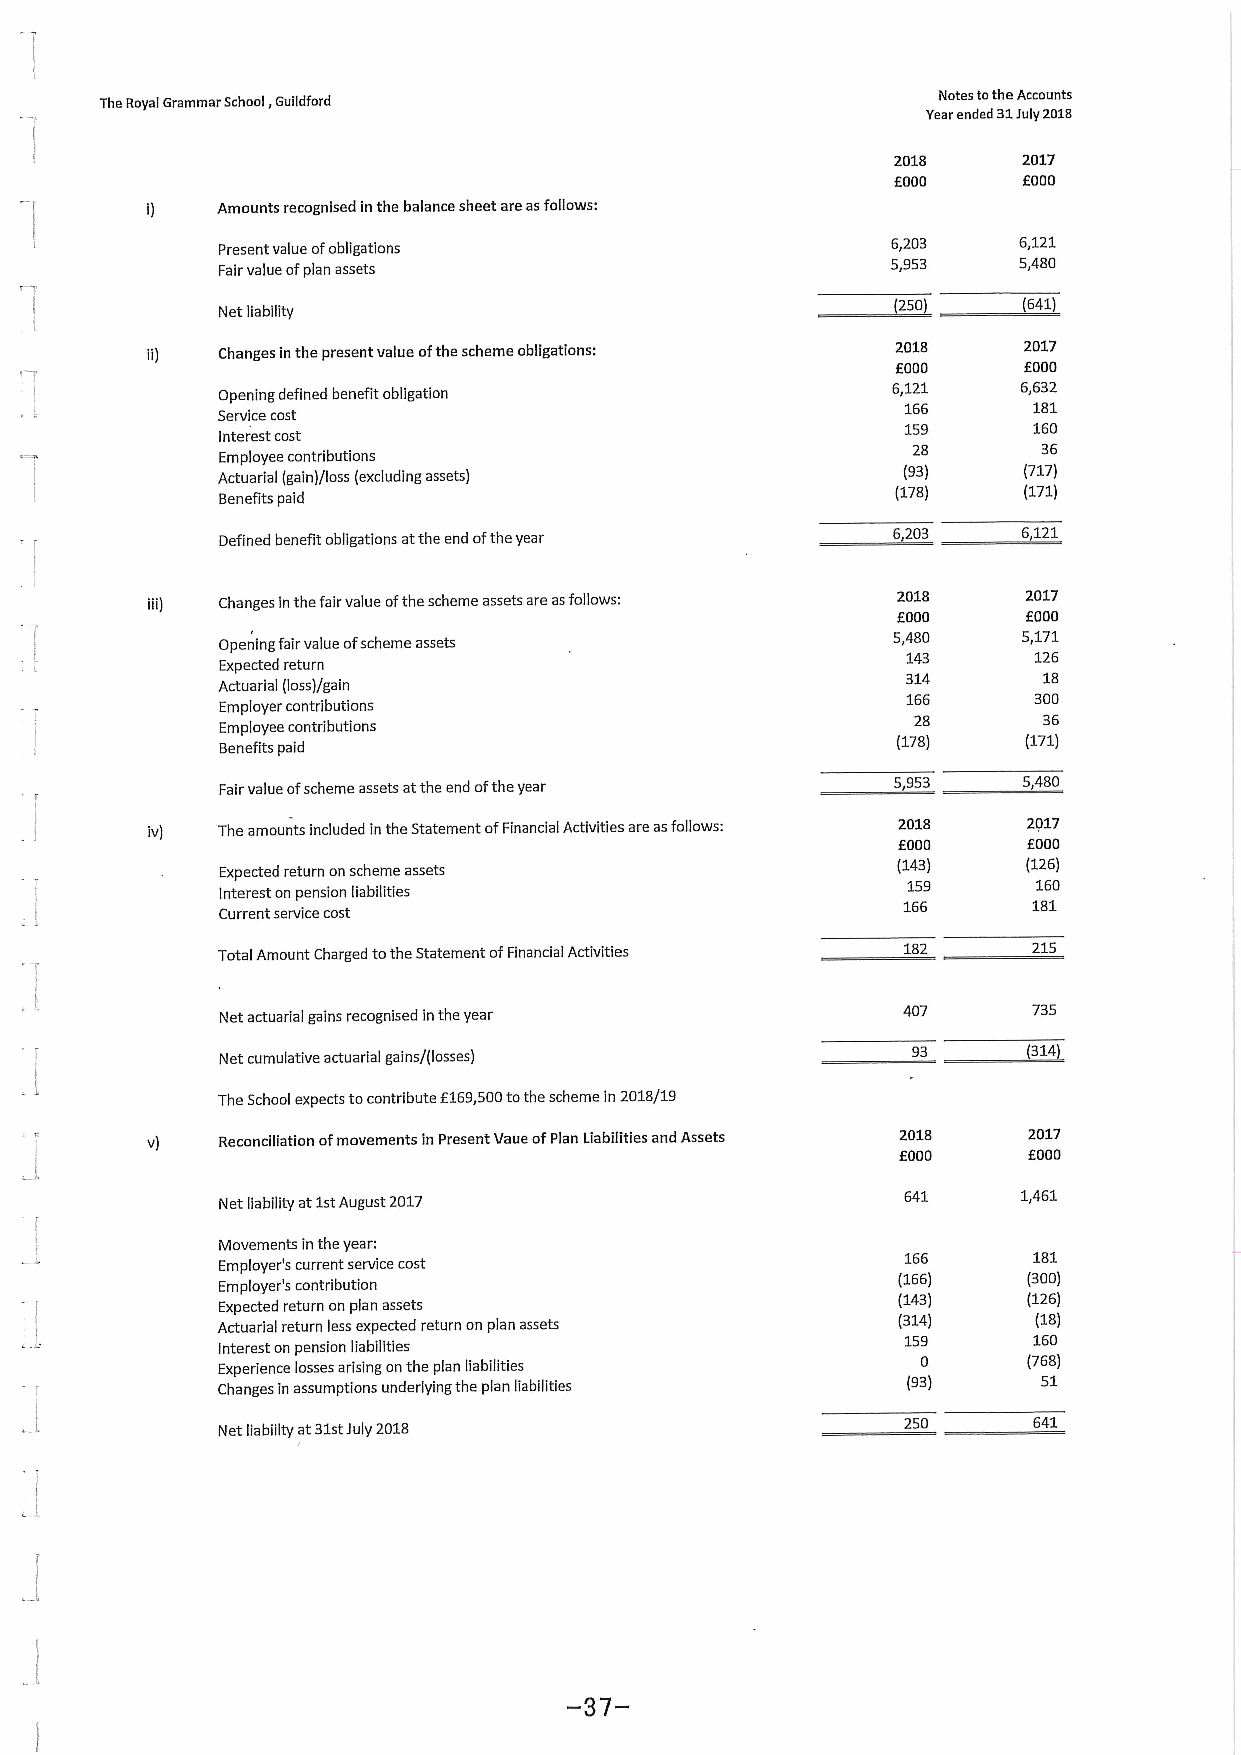
TheRoyal Grammar School,Guiidford                     YeN arot ee ns deto dth 3e 1JA uc lyco 2u 0nt 1s
 8
 2018     2017
 f000     f000
 Amounts recognised inthe balance sheet areasfollows:
 Present value ofobligations                  6,203   6,121
 Fairvalue ofplan assets                      5,953   5,480
 (250     (641)
 Net liability
 Changes in the present value ofthe scheme obligations: 2018 2017
 f000     f000
 Opening defined benefit obligation
 6,121    6,632
 166     181
 Service cost
 159     160
 Interest cost
 28       36
 Employee contributions
 Actuarial (gain)/loss (excluding assets)      (93)    P17)
 Benefits paid                                (178)    (171)
 Defined benefit obligations atthe end oftheyear 6,203 6,121
 Changes inthefairvalue ofthe scheme assets are asfollows: 2018 2017
 f000     f000
 Opening fairvalue ofscheme assets            5,480    5,171
 143     126
 Expected return
 314      18
 Actuarial (loss)/gain
 166     300
 Employer contributions
 28       36
 Employee contributions
 Benefits paid                                (178)    (171)
 Fairvalue ofscheme assets atthe end ofthe year 5,953  5,480
 iv) The amounts included inthe Statement ofFinancial Activities are asfollows: 2018 2017
 f000     f000
 Expected return on scheme assets             (143)    (126)
 159      160
 Interest on pension liabilities
 166     181
 Current service cost
 Total Amount Charged tothe Statement ofFinancial Activities 182 215
 Net actuarial gains recognised inthe year    407     735
 93      (314)
 Net cumulative actuarial gains/(losses)
 The School expects tocontribute f169,500tothe scheme in 2018/19
 v)  Reconciliation ofmovements in Present Vaue ofPlan Liabilities and Assets 2018 2017
 f000     f000
 Net liability at1stAugust 2017                641     1,461
 Movements inthe year:
 Employer's current service cost               166     181
 Employer's contribution                      (166)    (300)
 Expected return on plan assets               (143)    (126)
 Actuarial return less expected return on plan assets (314) (18)
 159     160
 Interest on pension liabilities
 Experience losses arising onthe plan liabilities 0    (768)
 Changes in assumptions underlying the plan liabilities (93) 51
 Net liability at31stJuly 2018                 250     641